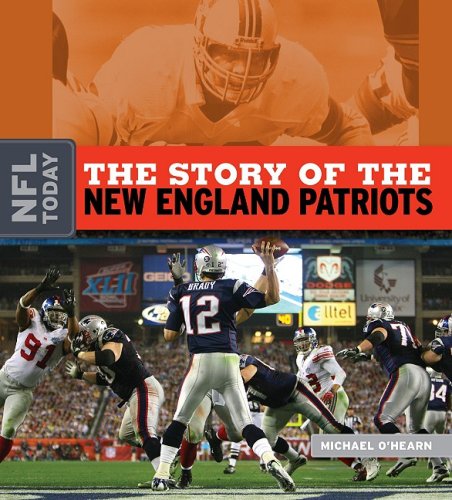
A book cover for The Story of the New England Patriots (NFL Today (Creative)); Michael O'Hearn; Teen & Young Adult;